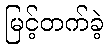
မြင့်တက်ခဲ့